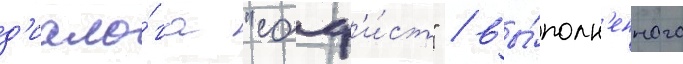
д'иало́га "соф'и́ст" / вы́полн'енного